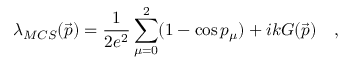
\lambda _ { M C S } ( \vec { p } ) = \frac { 1 } { 2 e ^ { 2 } } \sum _ { \mu = 0 } ^ { 2 } ( 1 - \cos p _ { \mu } ) + i k G ( \vec { p } ) \quad ,